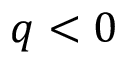
q < 0